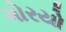
ગોરયો